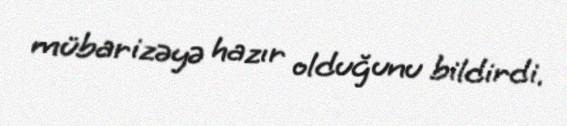
mübarizəyə hazır olduğunu bildirdi.